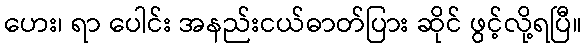
ဟေး၊ ရာ ပေါင်း အနည်းငယ်ဓာတ်ပြား ဆိုင် ဖွင့်လို့ရပြီ။